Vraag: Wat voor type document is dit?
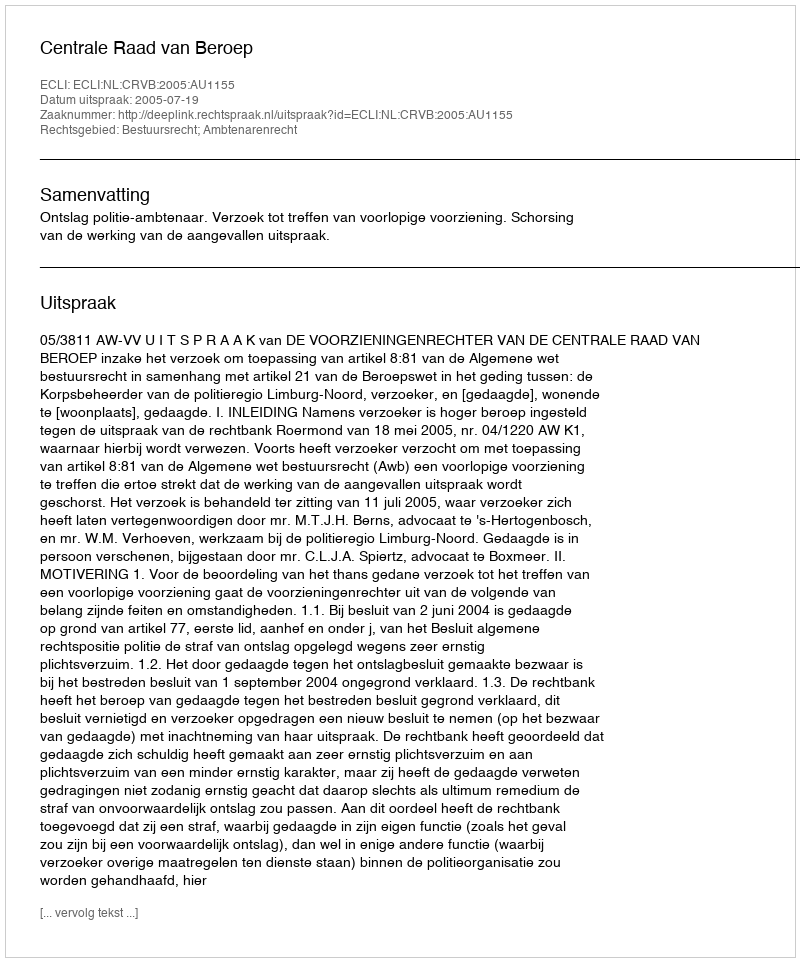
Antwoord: Uitspraak